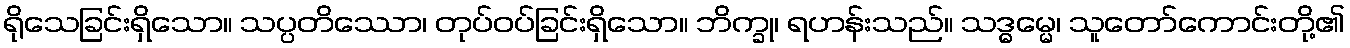
ရိုသေခြင်းရှိသော။ သပ္ပတိဿော၊ တုပ်ဝပ်ခြင်းရှိသော။ ဘိက္ခု၊ ရဟန်းသည်။ သဒ္ဓမ္မေ၊ သူတော်ကောင်းတို့၏